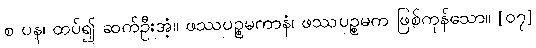
စ ပန၊ ထပ်၍ ဆက်ဦးအံ့။ ဖဿပဉ္စမကာနံ၊ ဖဿပဉ္စမက ဖြစ်ကုန်သော။ [၀၇]